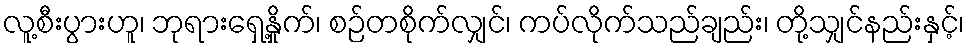
လူ့စီးပွားဟူ၊ ဘုရားရှေ့နှိုက်၊ စဉ်တစိုက်လျှင်၊ ကပ်လိုက်သည်ချည်း၊ တို့သျှင်နည်းနှင့်၊